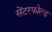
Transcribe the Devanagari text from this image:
सेंटरफोल्ड